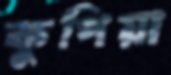
কুপিয়া